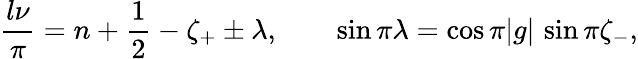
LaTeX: \frac{l\nu}{\pi}=n+\frac{1}{2}-\zeta_{+}\pm\lambda,\qquad\sin\pi\lambda=\cos\pi|g|\, \sin\pi\zeta_{-},